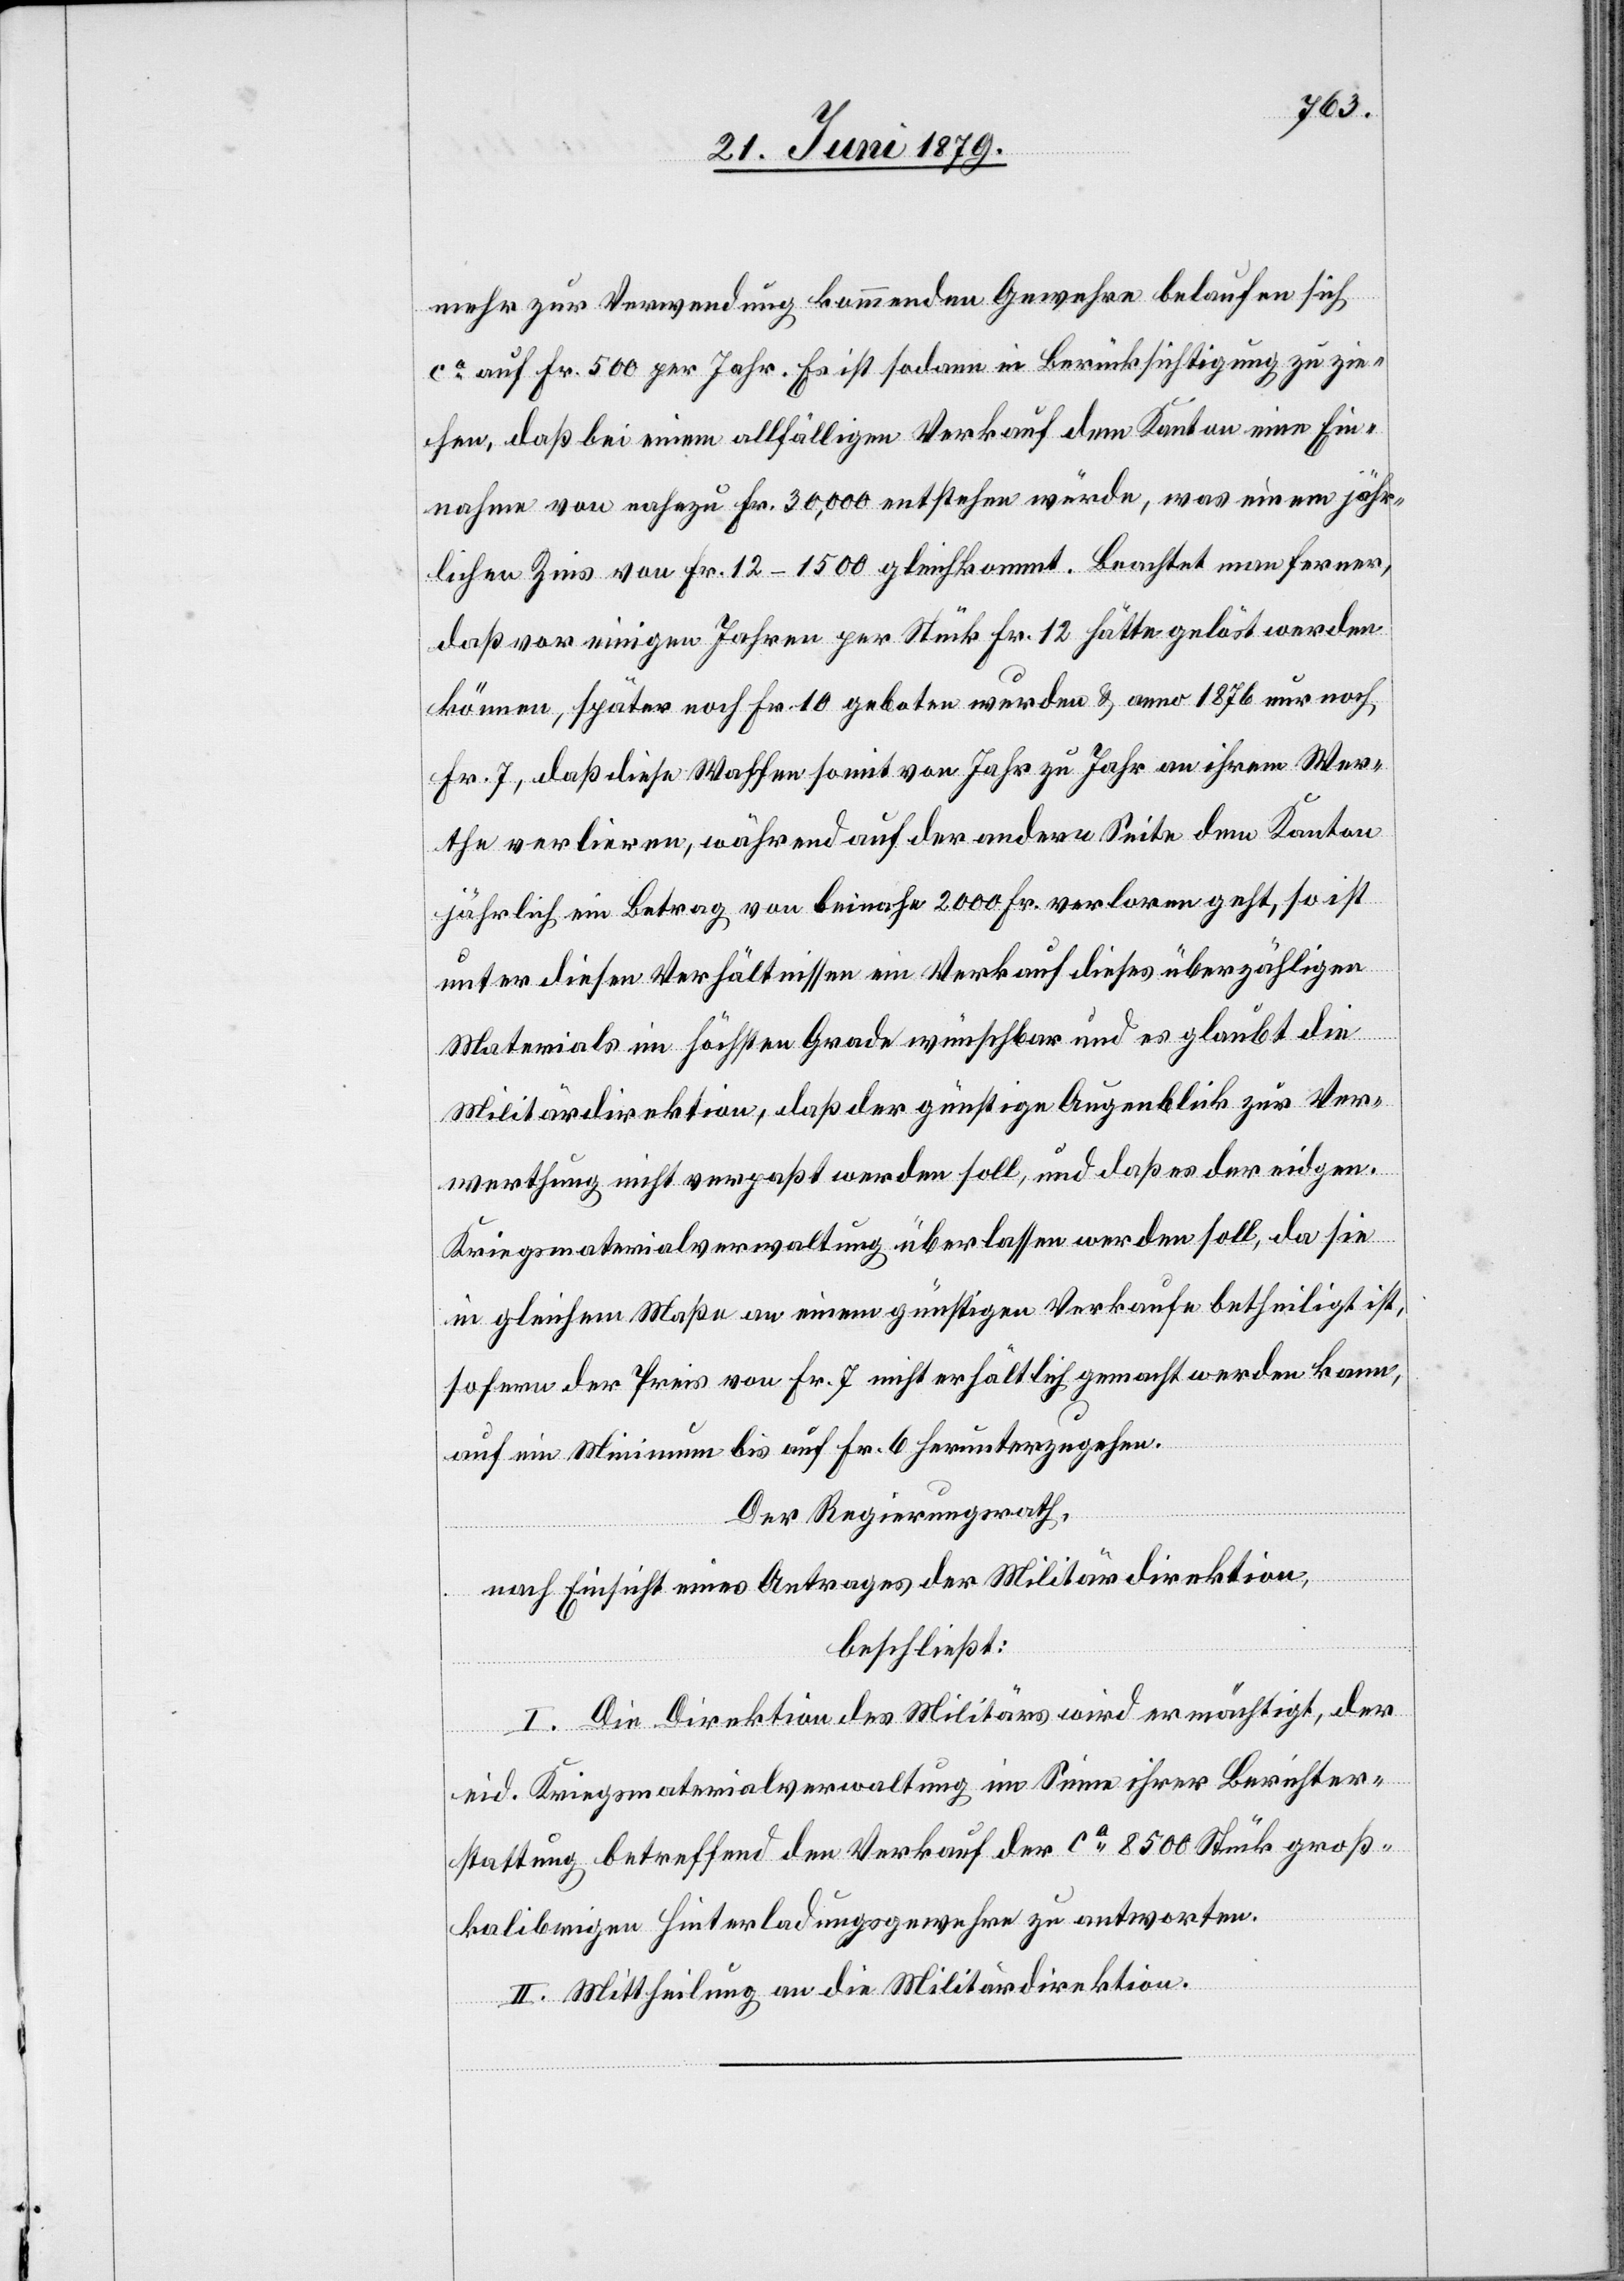
mehr zur Verwendung kommenden Gewehre belaufen sich
ca auf Fr. 500 per Jahr. Es ist sodann in Berücksichtigung zu zie¬
hen, daß bei einem allfälligen Verkauf dem Kanton eine Ein¬
nahme von nahezu Fr. 30,000 entstehen würde, was einem jähr¬
lichen Zins von Fr. 12–1500 gleichkommt. Beachtet man ferner,
daß vor einigen Jahren per Stück Fr. 12 hätte gelöst werden
können, später noch Fr. 10 geboten werden & anno 1876 nur noch
Fr. 7, daß diese Waffen somit von Jahr zu Jahr an ihrem Wer¬
the verlieren, während auf der andern Seite dem Kanton
jährlich ein Betrag von beinahe 2000 Fr. verloren geht, so ist
unter diesen Verhältnissen ein Verkauf dieses überzähligen
Materials im höchsten Grade wünschbar und es glaubt die
Militärdirektion, daß der günstige Augenblick zur Ver¬
werthung nicht verpaßt werden soll, und daß es der eidgen.
Kriegsmaterialverwaltung überlassen werden soll, da sie
in gleichem Maße an einem günstigen Verkaufe betheiligt ist,
so fern der Preis von Fr. 7 nicht erhältlich gemacht werden kann,
auf ein Minimum bis auf Fr. 6 herunterzugehen.
Der Regierungsrath,
nach Einsicht eines Antrages der Militärdirektion,
beschließt:
I. Die Direktion des Militärs wird ermächtigt, der
eid. Kriegsmaterialverwaltung im Sinne ihrer Berichter¬
stattung betreffend den Verkauf der ca 8500 Stück groß¬
kalibrigen Hinterladungsgewehre zu antworten.
II. Mittheilung an die Militärdirektion.